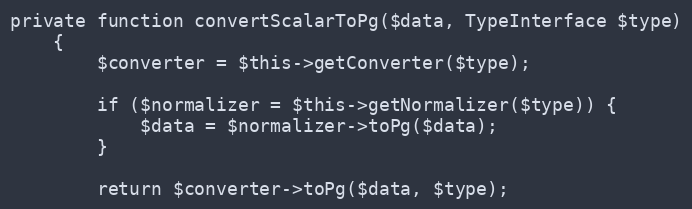
Language: PHP
private function convertScalarToPg($data, TypeInterface $type)
    {
        $converter = $this->getConverter($type);

        if ($normalizer = $this->getNormalizer($type)) {
            $data = $normalizer->toPg($data);
        }

        return $converter->toPg($data, $type);